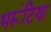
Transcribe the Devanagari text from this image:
भरूंटिया